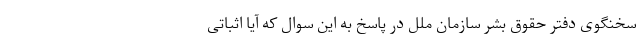
سخنگوی دفتر حقوق بشر سازمان ملل در پاسخ به این سوال که آیا اثباتی